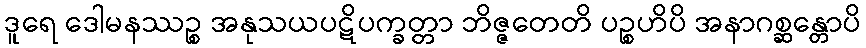
ဒူရေ ဒေါမနဿဉ္စ အနုသယပဋိပက္ခတ္တာ ဘိဇ္ဇတေတိ ပဉ္စဟိပိ အနာဂစ္ဆန္တောပိ